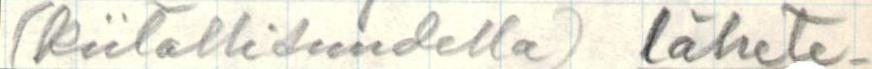
(kiitollisuudella) lähete-